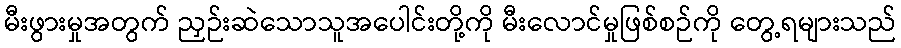
မီးဖွားမှုအတွက် ညှဉ်းဆဲသောသူအပေါင်းတို့ကို မီးလောင်မှုဖြစ်စဉ်ကို တွေ့ရများသည်